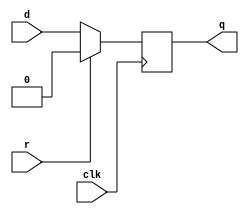
// dffr: D flip-flop with active high synchronous reset
// Parametrized width; default of 1
module dffr #(parameter WIDTH = 1) (
    input clk,
    input r,
    input [WIDTH-1:0] d,
    output reg [WIDTH-1:0] q
);

    always @ (posedge clk) 
        if (r) 
            q <= {WIDTH{1'b0}};
        else
            q <= d;

endmodule